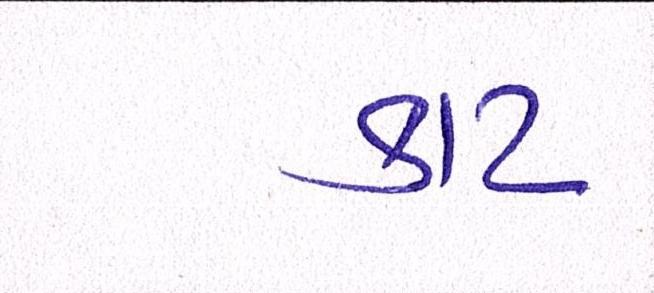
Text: કાટ